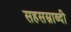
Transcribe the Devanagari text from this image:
सहसस्राब्दी